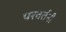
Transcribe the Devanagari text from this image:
परवर्तनी